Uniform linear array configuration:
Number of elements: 4
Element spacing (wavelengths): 0.5
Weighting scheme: hann
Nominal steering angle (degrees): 0
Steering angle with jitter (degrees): -1.665
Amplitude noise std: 0.05
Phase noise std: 0.05

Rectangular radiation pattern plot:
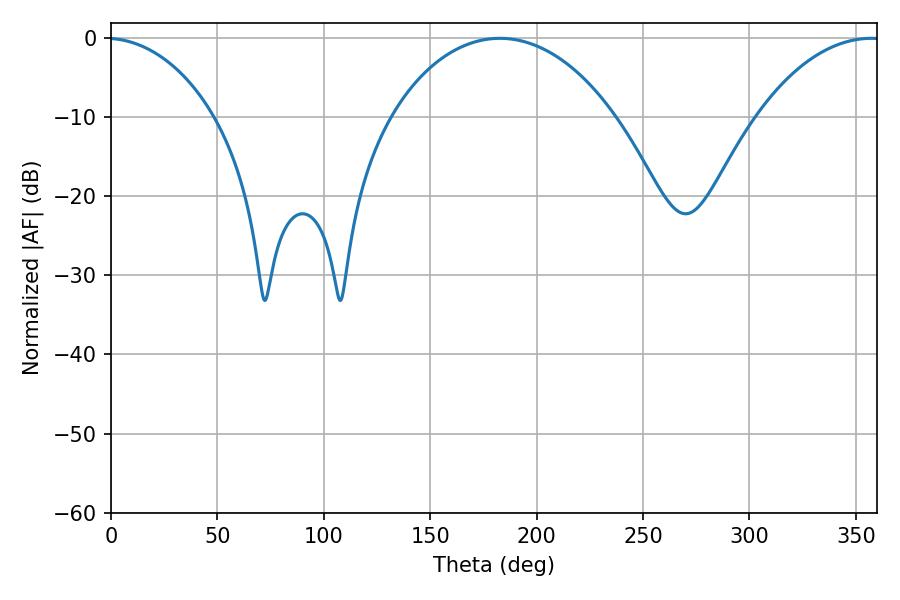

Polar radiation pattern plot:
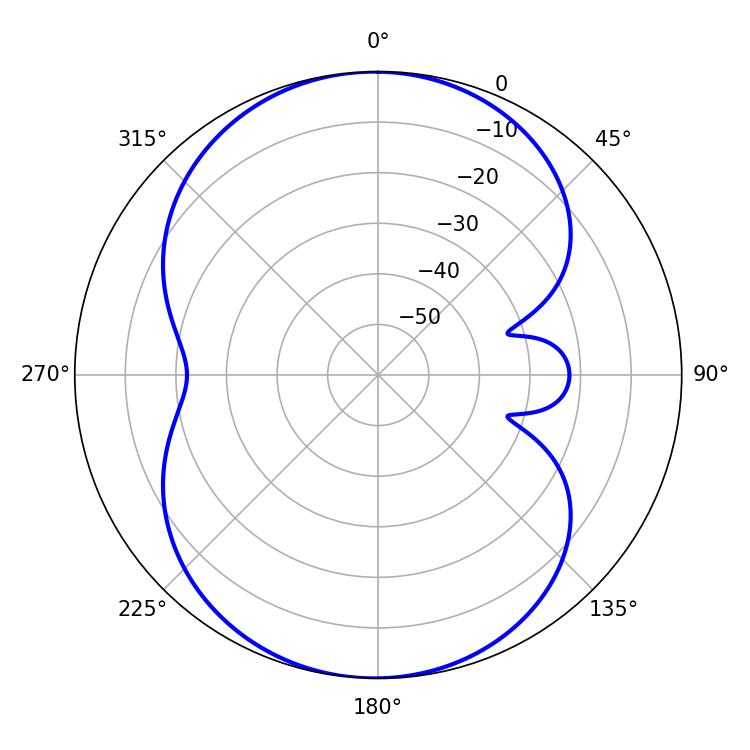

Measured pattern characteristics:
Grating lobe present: FALSE
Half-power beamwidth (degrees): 59.94
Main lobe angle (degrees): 182.7